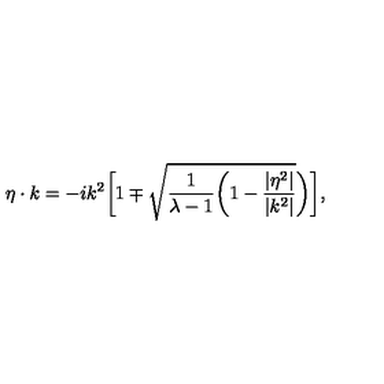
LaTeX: \eta \cdot k = - i k ^ { 2 } \biggl [ 1 \mp \sqrt { { \frac { 1 } { \lambda - 1 } } \biggl ( 1 - { \frac { | \eta ^ { 2 } | } { | k ^ { 2 } | } } } \biggr ) \biggr ] ,